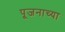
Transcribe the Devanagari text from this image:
पूजनाच्या